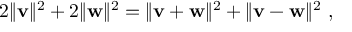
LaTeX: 2 \| \mathbf { v } \| ^ { 2 } + 2 \| \mathbf { w } \| ^ { 2 } = \| \mathbf { v + w } \| ^ { 2 } + \| \mathbf { v - w } \| ^ { 2 } \ ,